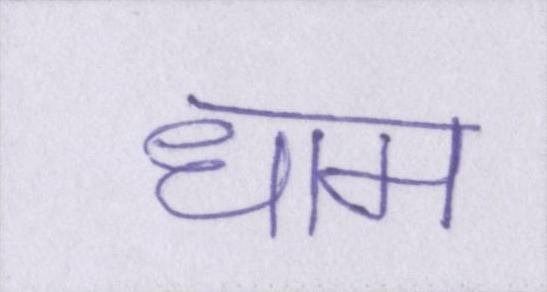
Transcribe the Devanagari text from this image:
धाम